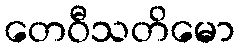
တေဝီသတိမော